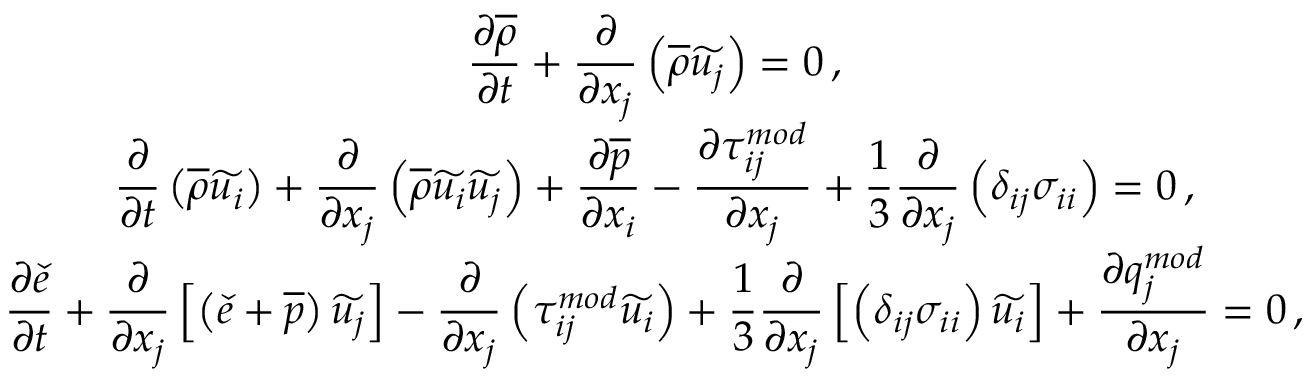
\begin{array} { c } { \displaystyle \frac { \partial \overline { { \rho } } } { \partial t } + \frac { \partial } { \partial x _ { j } } \left( \overline { { \rho } } \widetilde { u _ { j } } \right) = 0 \, \mathrm { , } } \\ { \displaystyle \frac { \partial } { \partial t } \left( \overline { { \rho } } \widetilde { u _ { i } } \right) + \frac { \partial } { \partial x _ { j } } \left( \overline { { \rho } } \widetilde { u _ { i } } \widetilde { u _ { j } } \right) + \frac { \partial \overline { { p } } } { \partial x _ { i } } - \frac { \partial { \tau } _ { i j } ^ { m o d } } { \partial x _ { j } } + \frac { 1 } { 3 } \frac { \partial } { \partial x _ { j } } \left( { \delta } _ { i j } \sigma _ { i i } \right) = 0 \, \mathrm { , } } \\ { \displaystyle \frac { \partial \check { e } } { \partial t } + \frac { \partial } { \partial x _ { j } } \left[ \left( \check { e } + \overline { { p } } \right) \widetilde { u _ { j } } \right] - \frac { \partial } { \partial x _ { j } } \left( { \tau } _ { i j } ^ { m o d } \widetilde { u _ { i } } \right) + \frac { 1 } { 3 } \frac { \partial } { \partial x _ { j } } \left[ \left( \delta _ { i j } { \sigma } _ { i i } \right) \widetilde { u _ { i } } \right] + \frac { \partial { q } _ { j } ^ { m o d } } { \partial x _ { j } } = 0 \, \mathrm { , } } \end{array}